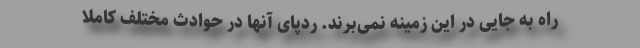
راه به جایی در این زمینه نمی‌برند. ردپای آنها در حوادث مختلف کاملا